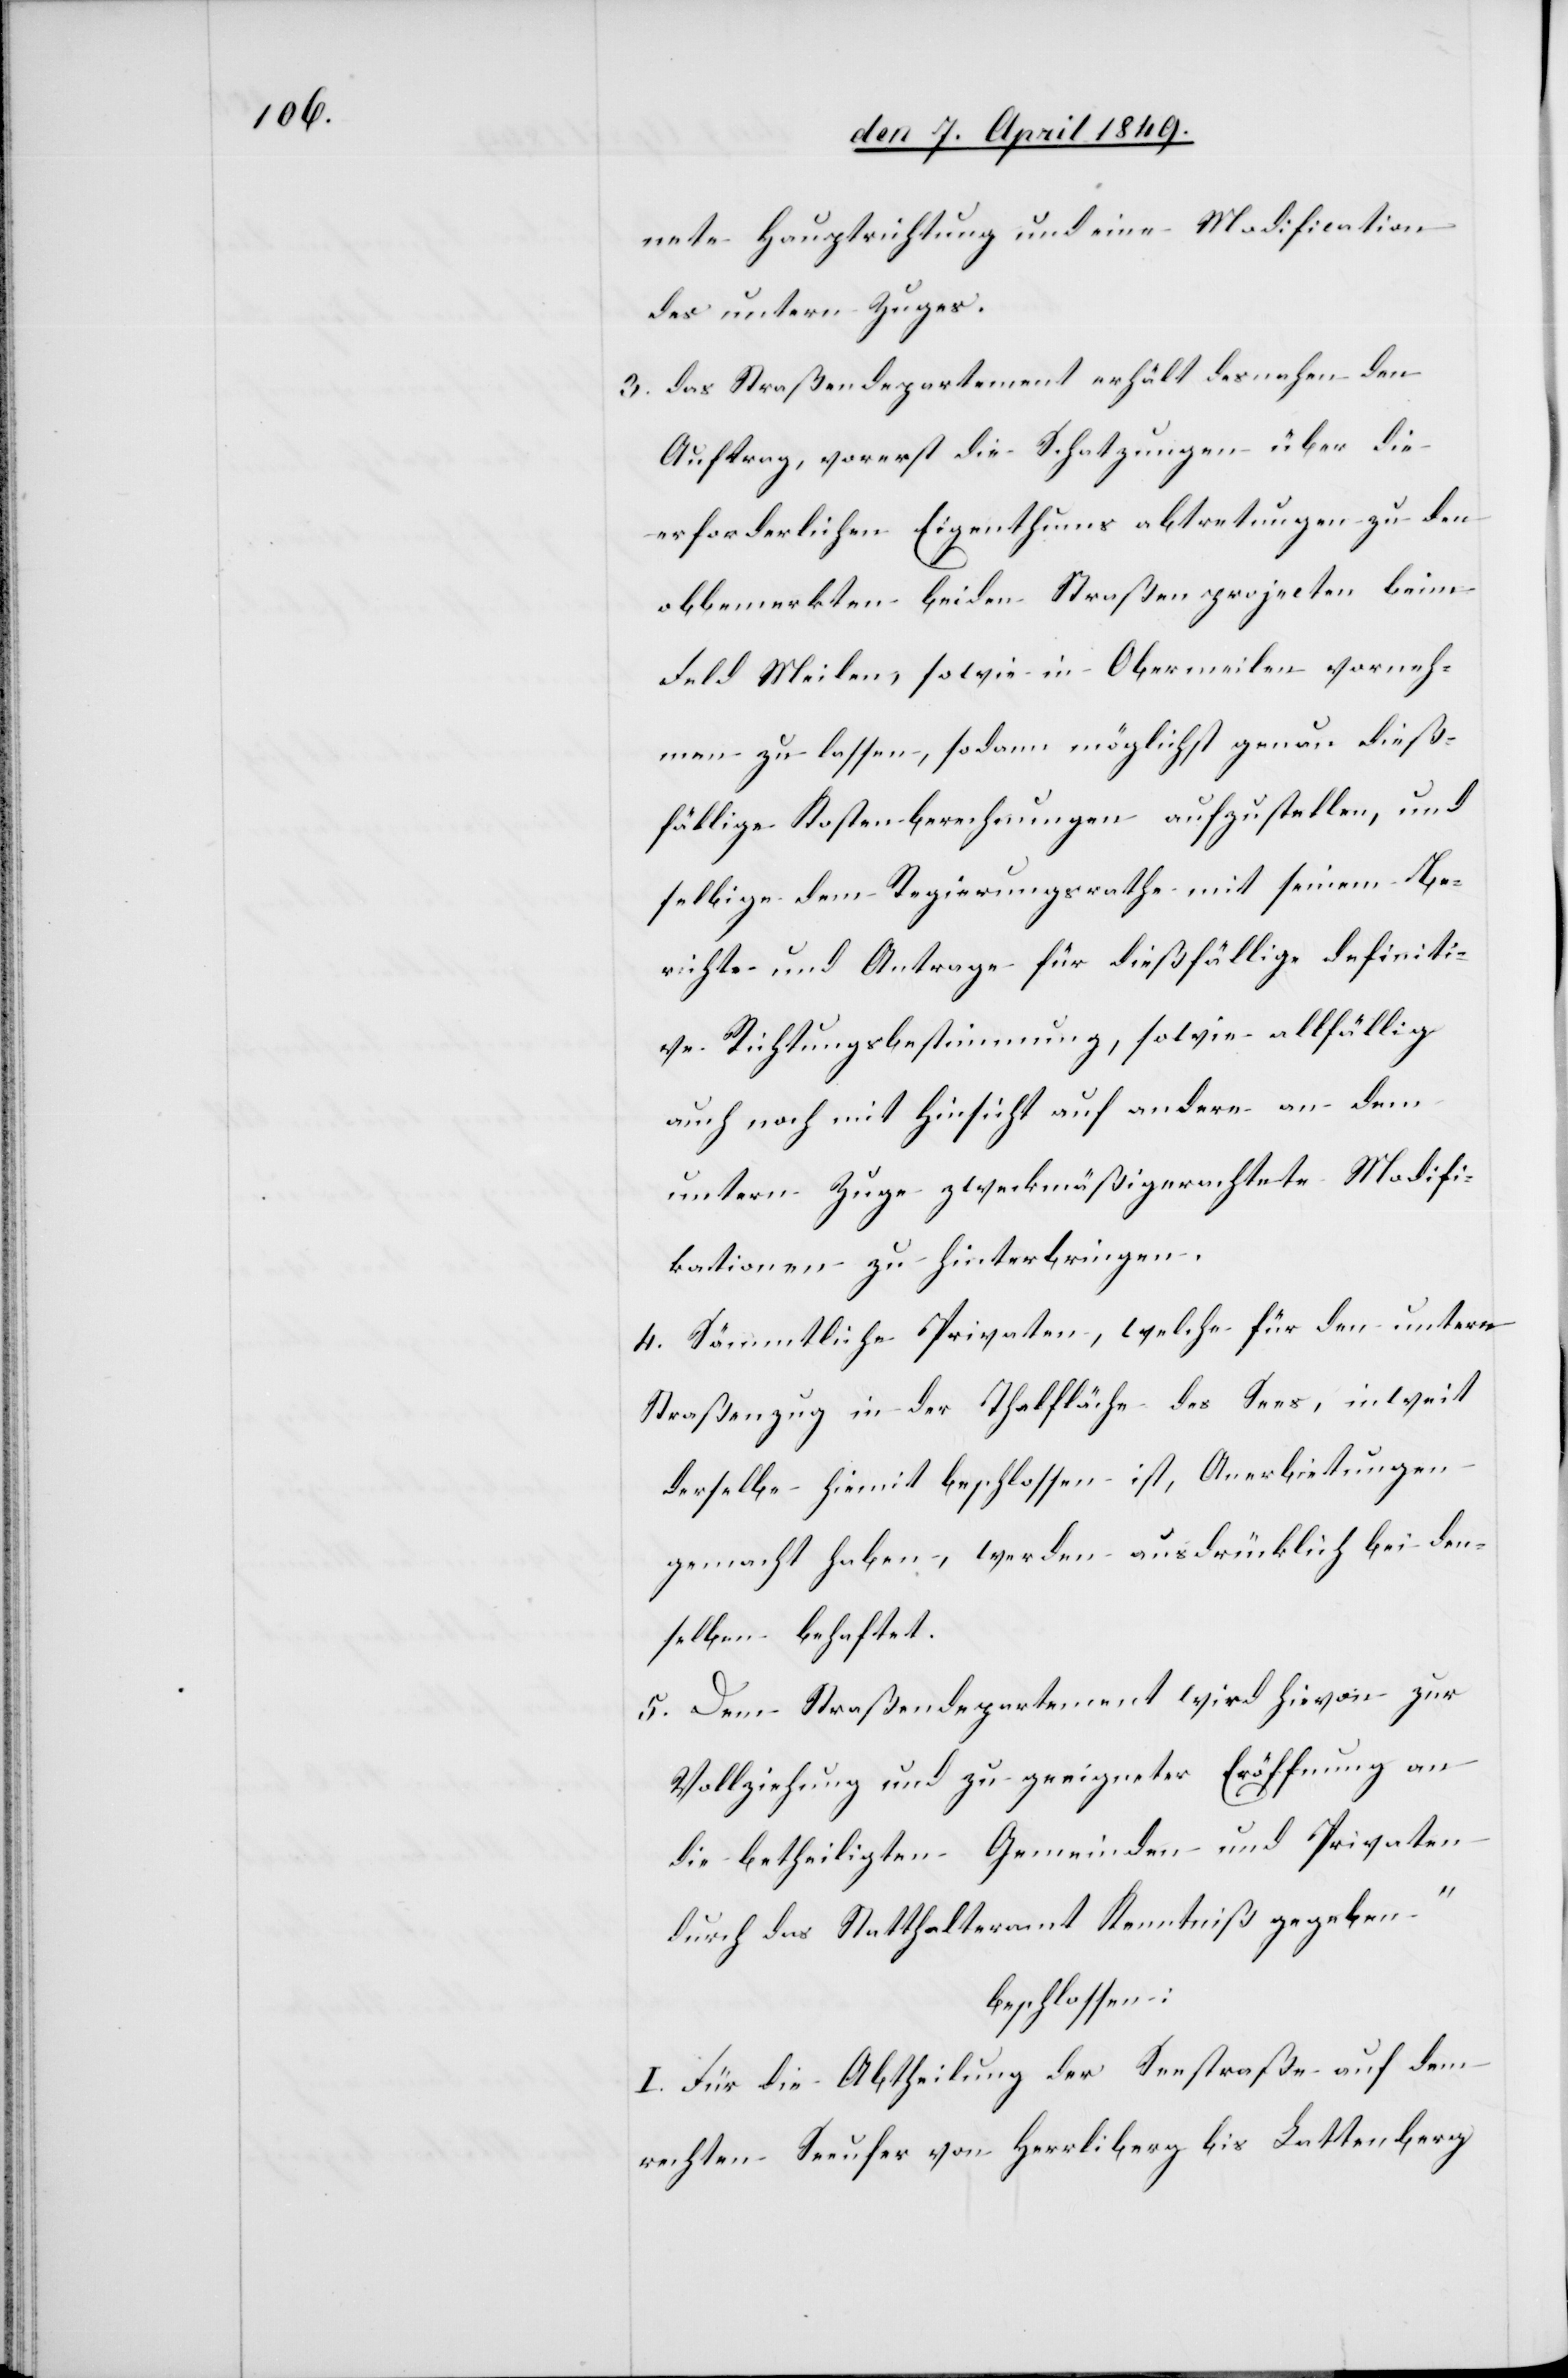
nete Hauptrichtung und eine Modification
des untern Zuges.
3. Das Straßendepartement erhält desnahen den
Auftrag, vorerst die Schatzungen über die
erforderlichen Eigenthumsabtretungen zu den
obbemerkten beiden Straßenprojecten beim
Feld Meilen, sowie in Obermeilen vorneh¬
men zu lassen, sodann möglichst genau dieß¬
fällige Kostenberechnungen aufzustellen, und
selbige dem Regierungsrathe mit seinem Be¬
richte und Antrage für dießfällige definiti¬
ve Richtungsbestimmung, sowie allfällig
auch noch mit Hinsicht auf andere an dem
untern Zuge zweckmäßig erachtete Modifi¬
kationen zu hinterbringen.
4. Sämmtliche Privaten, welche für den untern
Straßenzug in der Thalfläche des Sees, inweit
derselbe hiemit beschlossen ist, Anerbietungen
gemacht haben, werden ausdrücklich bei den¬
selben behaftet.
5. Dem Straßendepartement wird hievon zur
Vollziehung und zu geeigneter Eröffnung an
die betheiligten Gemeinden und Privaten
durch das Statthalteramt Kenntniß gegeben.“
beschlossen:
I. Für die Abtheilung der Seestraße auf dem
rechten Seeufer von Herrliberg bis Lattenberg